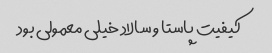
کیفیت پاستا و سالاد خیلی معمولی بود